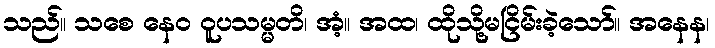
သည်။ သစေ နေဝ ဝူပသမ္မတိ၊ အံ့။ အထ၊ ထိုသို့မငြိမ်းခဲ့သော်။ အနေန၊